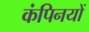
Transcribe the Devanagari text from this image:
कंपिनयों